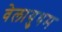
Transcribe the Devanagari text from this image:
वेलायुधम